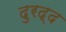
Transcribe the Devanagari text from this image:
दुरद्द